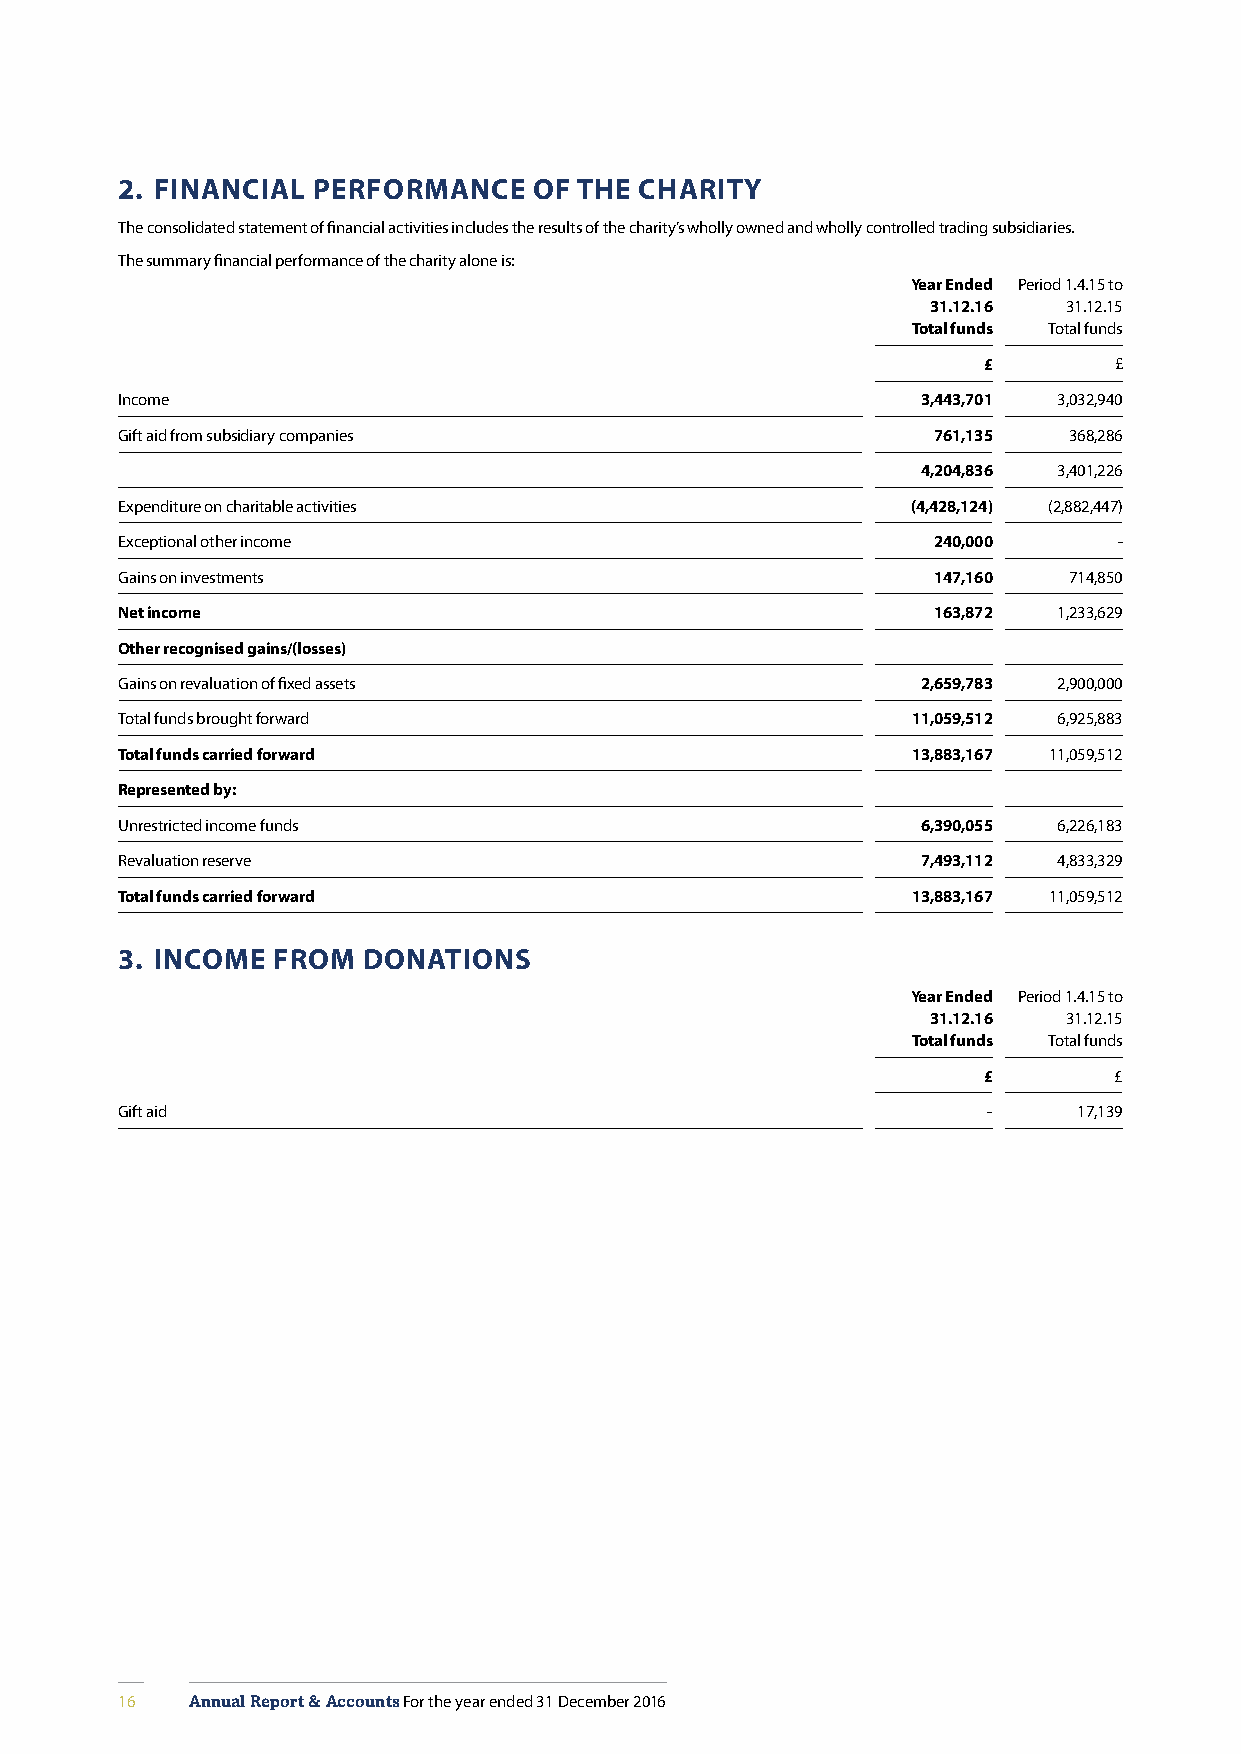
2. FINANCIAL PERFORMANCE   OF THE CHARITY
 The consolidated statement of financial activities includes the results of the charity’s wholly owned and wholly controlled trading subsidiaries.
 The summary financial performance of the charity alone is:
 Year Ended Period 1.4.15 to
 31.12.16 31.12.15
 Total funds Total funds
 £        £
 Income                                               3,443,701 3,032,940
 Gift aid from subsidiary companies                    761,135  368,286
 4,204,836 3,401,226
 Expenditure on charitable activities                (4,428,124) (2,882,447)
 Exceptional other income                              240,000     -
 Gains on investments                                  147,160  714,850
 Net income                                            163,872 1,233,629
 Other recognised gains/(losses)
 Gains on revaluation of fixed assets                 2,659,783 2,900,000
 Total funds brought forward                         11,059,512 6,925,883
 Total funds carried forward                         13,883,167 11,059,512
 Represented by:
 Unrestricted income funds                            6,390,055 6,226,183
 Revaluation reserve                                  7,493,112 4,833,329
 Total funds carried forward                         13,883,167 11,059,512
 3. INCOME FROM  DONATIONS
 Year Ended Period 1.4.15 to
 31.12.16 31.12.15
 Total funds Total funds
 £        £
 Gift aid                                                 -     17,139
 16   Annual Report & Accounts For the year ended 31 December 2016